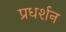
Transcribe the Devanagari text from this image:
प्रधर्शन